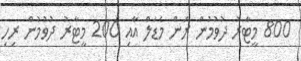
800 މީޓާރު ދުވުމުން ރަން މެޑަލް އާއި 200 މީޓާރު ދުވުމުން ރިހި